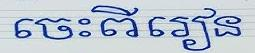
ចេះពីរៀន